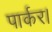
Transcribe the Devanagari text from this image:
पार्कर।